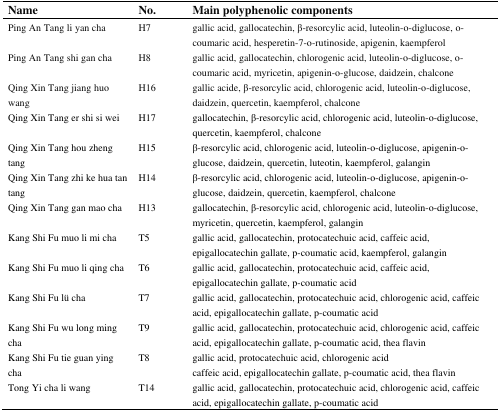
<table><thead><tr><td><b>Name</b></td><td><b>No.</b></td><td><b>Main polyphenolic components</b></td></tr></thead><tbody><tr><td>Ping An Tang li yan cha</td><td>H7</td><td>gallic acid, gallocatechin, β-resorcylic acid, luteolin-o-diglucose, o-coumaric acid, hesperetin-7-o-rutinoside, apigenin, kaempferol</td></tr><tr><td>Ping An Tang shi gan cha</td><td>H8</td><td>gallic acid, gallocatechin, chlorogenic acid, luteolin-o-diglucose, o-coumaric acid, myricetin, apigenin-o-glucose, daidzein, chalcone</td></tr><tr><td>Qing Xin Tang jiang huo wang</td><td>H16</td><td>gallic acide, β-resorcylic acid, chlorogenic acid, luteolin-o-diglucose, daidzein, quercetin, kaempferol, chalcone</td></tr><tr><td>Qing Xin Tang er shi si wei</td><td>H17</td><td>gallocatechin, β-resorcylic acid, chlorogenic acid, luteolin-o-diglucose, quercetin, kaempferol, chalcone</td></tr><tr><td>Qing Xin Tang hou zheng tang</td><td>H15</td><td>β-resorcylic acid, chlorogenic acid, luteolin-o-diglucose, apigenin-o-glucose, daidzein, quercetin, luteotin, kaempferol, galangin</td></tr><tr><td>Qing Xin Tang zhi ke hua tan tang</td><td>H14</td><td>β-resorcylic acid, chlorogenic acid, luteolin-o-diglucose, apigenin-o-glucose, daidzein, quercetin, kaempferol, chalcone</td></tr><tr><td>Qing Xin Tang gan mao cha</td><td>H13</td><td>gallocatechin, β-resorcylic acid, chlorogenic acid, luteolin-o-diglucose, myricetin, quercetin, kaempferol, galangin</td></tr><tr><td>Kang Shi Fu muo li mi cha</td><td>T5</td><td>gallic acid, gallocatechin, protocatechuic acid, caffeic acid, epigallocatechin gallate, p-coumatic acid, kaempferol, galangin</td></tr><tr><td>Kang Shi Fu muo li qing cha</td><td>T6</td><td>gallic acid, gallocatechin, protocatechuic acid, caffeic acid, epigallocatechin gallate, p-coumatic acid</td></tr><tr><td>Kang Shi Fu lü cha</td><td>T7</td><td>gallic acid, gallocatechin, protocatechuic acid, chlorogenic acid, caffeic acid, epigallocatechin gallate, p-coumatic acid</td></tr><tr><td>Kang Shi Fu wu long ming cha</td><td>T9</td><td>gallic acid, gallocatechin, protocatechuic acid, chlorogenic acid, caffeic acid, epigallocatechin gallate, p-coumatic acid, thea flavin</td></tr><tr><td>Kang Shi Fu tie guan ying cha</td><td>T8</td><td>gallic acid, protocatechuic acid, chlorogenic acid caffeic acid, epigallocatechin gallate, p-coumatic acid, thea flavin</td></tr><tr><td>Tong Yi cha li wang</td><td>T14</td><td>gallic acid, gallocatechin, protocatechuic acid, chlorogenic acid, caffeic acid, epigallocatechin gallate, p-coumatic acid</td></tr></tbody></table>